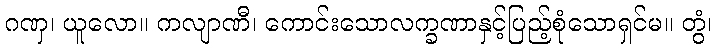
ဂဏှ၊ ယူလော။ ကလျာဏီ၊ ကောင်းသောလက္ခဏာနှင့်ပြည့်စုံသောရှင်မ။ တွံ၊